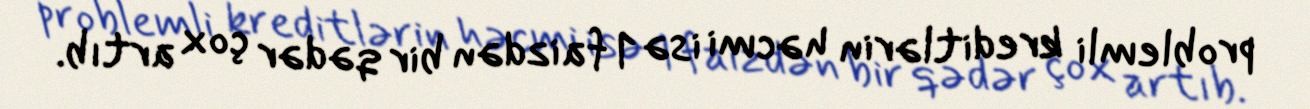
problemli kreditlərin həcmi isə 1 faizdən bir qədər çox artıb.